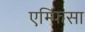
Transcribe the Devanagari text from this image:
एम्फिसा